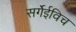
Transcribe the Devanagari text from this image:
सर्गेईविच